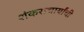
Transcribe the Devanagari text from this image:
शंकराचार्यांची